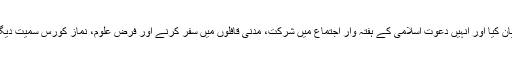
مبلغ دعوتِ اسلامی نے سنّتوں بھرا بیان کیا اور انہیں دعوتِ اسلامی کے ہفتہ وار اجتماع میں شرکت، مدنی قافلوں میں سفر کرنے اور فرض علوم، نماز کورس سمیت دیگر کورسز میں حصہ لینے کا ذہن دیا۔